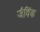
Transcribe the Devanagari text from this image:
जैविंक